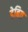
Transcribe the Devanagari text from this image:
डेबित